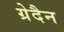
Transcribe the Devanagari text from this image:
ग्रेदैन